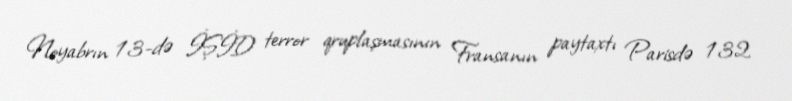
Noyabrın 13-də İŞİD terror qruplaşmasının Fransanın paytaxtı Parisdə 132